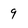
Character: 9